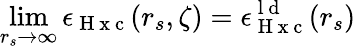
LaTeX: \operatorname*{lim}_{r_{s}\to\infty}\epsilon_{\mathrm{~H~x~c~}}(r_{s},\zeta)=\epsilon_{\mathrm{~H~x~c~}}^{\mathrm{~l~d~}}(r_{s})